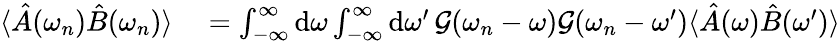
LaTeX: \begin{array}{rl}{\langle\hat{A}(\omega_{n})\hat{B}(\omega_{n})\rangle}&{{}=\int_{-\infty}^{\infty}\mathrm{d}\omega\int_{-\infty}^{\infty}\mathrm{d}\omega^{\prime}\, \mathcal{G}(\omega_{n}-\omega)\mathcal{G}(\omega_{n}-\omega^{\prime})\langle\hat{A}(\omega)\hat{B}(\omega^{\prime})\rangle}\end{array}